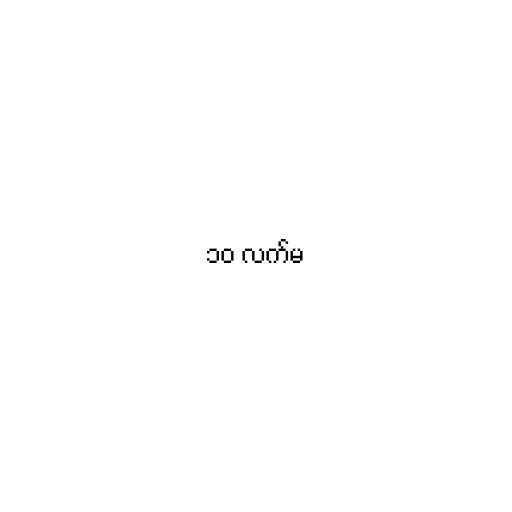
၁၀ လက်မ